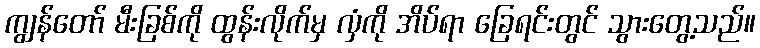
ကျွန်တော် မီးခြစ်ကို ထွန်းလိုက်မှ လှံကို အိပ်ရာ ခြေရင်းတွင် သွားတွေ့သည်။